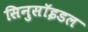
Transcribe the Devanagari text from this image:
सिनुसॉइडल